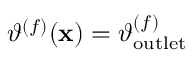
\vartheta ^ { ( f ) } ( \mathbf { x } ) = \vartheta _ { \mathrm { o u t l e t } } ^ { ( f ) }